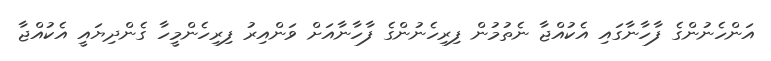
އަންހެނުންގެ ފާހާނާގައި އެކުއްޖާ ނެތުމުން ފިރިހެނުންގެ ފާހާނާއަށް ވަންއިރު ފިރިހެންމީހާ ގެންދިޔައީ އެކުއްޖާ